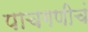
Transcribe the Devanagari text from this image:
पाचगणीचं